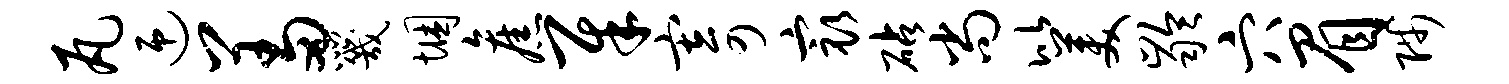
瓦迎羞咒悃旧犀寄最砧尚比美龄穴眉陟